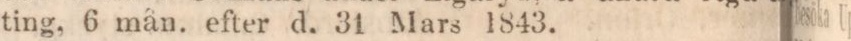
ting, 6 mån. efter d. 31 Mars 1843.